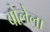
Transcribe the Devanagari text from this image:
बोलेला